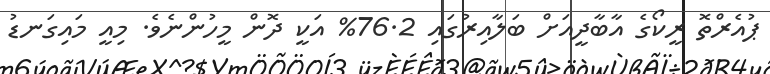
ޕުއެރްތޮ ރީކޯގެ އާބާދީއަށް ބަލާއިރުގައި 76.2% އަކީ ދޮން މީހުންނެވެ. މިއީ މައިގަނޑު